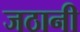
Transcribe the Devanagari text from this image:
जठानी